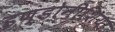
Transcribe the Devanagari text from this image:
इण्डोनीशिया